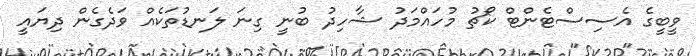
ވީބީގެ އެސިސްޓެންޓް ކޯޗު މުހައްމަދު ޝާހިދު ބުނީ ގިނަ ލަނޑުތަކެއް ވަދެގެން ދިޔައީ